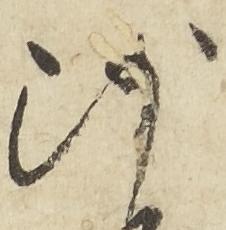
沙